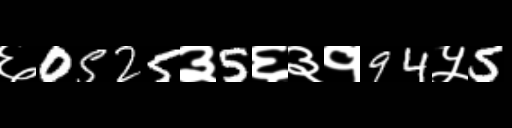
Text: ६0525३5६३१94५5